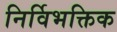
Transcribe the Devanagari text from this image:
निर्विभक्तिक